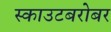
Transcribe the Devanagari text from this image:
स्काउटबरोबर